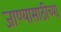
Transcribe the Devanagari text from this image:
जाण्यासाठीच्या